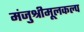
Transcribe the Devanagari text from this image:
मंजुश्रीमूलकल्प